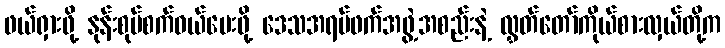
ဖယ်ရှားဖို့ နုန်းစုပ်စက်ဝယ်ပေးဖို့ ဒေသအရပ်ဖက်အဖွဲ့အစည်းနဲ့ လွှတ်တော်ကိုယ်စားလှယ်တို့က